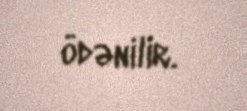
ödənilir.